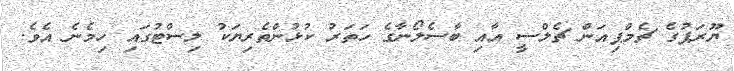
ޔޫރަޕުގެ ޗެމްޕިއަން ޗެލްސީ އާއި ބާސެލޯނާގެ ހަތަރު ކުޅުންތެރިޔަކު ލިސްޓުގައި ހިމެނެ އެވެ.